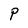
Character: P